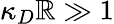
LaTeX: \kappa_{D}\mathbb{R}\gg1